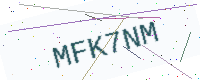
Text: MFK7NM